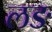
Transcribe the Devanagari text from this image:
लङ